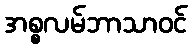
အစ္စလမ်ဘာသာဝင်